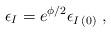
LaTeX: \begin{align*}\epsilon_{I}=e^{\phi/2}\epsilon_{I\, (0)}\ ,\end{align*}